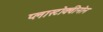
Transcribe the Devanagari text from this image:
प्लास्टोक्वीनोन